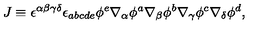
J \equiv \epsilon ^ { \alpha \beta \gamma \delta } \epsilon _ { a b c d e } \phi ^ { e } \nabla _ { \alpha } \phi ^ { a } \nabla _ { \beta } \phi ^ { b } \nabla _ { \gamma } \phi ^ { c } \nabla _ { \delta } \phi ^ { d } ,